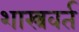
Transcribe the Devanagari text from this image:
शास्त्रवर्त